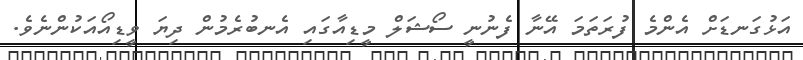
އަޅުގަނޑަށް އެންމެ ފުރަތަމަ އޭނާ ފެނުނީ ސޯޝަލް މީޑިއާގައި އެނބުރެމުން ދިޔަ ވީޑިއޯއަކުންނެވެ.